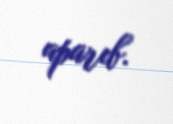
aparıb.